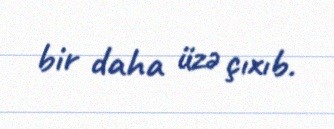
bir daha üzə çıxıb.